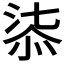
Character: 𣶾